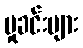
မှုခင်းများ